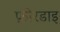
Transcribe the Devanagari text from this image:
फ़ोरडाइ